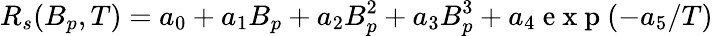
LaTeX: R_{s}(B_{p},T)=a_{0}+a_{1}B_{p}+a_{2}B_{p}^{2}+a_{3}B_{p}^{3}+a_{4}\mathrm{~e~x~p~}(-a_{5}/T)